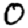
Digit: 0